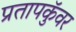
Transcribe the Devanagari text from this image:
प्रतापकुॅवर